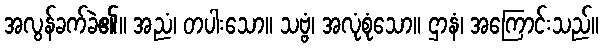
အလွန်ခက်ခဲ၏။ အညံ၊ တပါးသော။ သဗ္ဗံ၊ အလုံစုံသော။ ဌာနံ၊ အကြောင်းသည်။